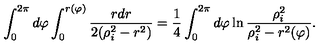
\int _ { 0 } ^ { 2 \pi } d \varphi \int _ { 0 } ^ { r ( \varphi ) } { \frac { r d r } { 2 ( \rho _ { i } ^ { 2 } - r ^ { 2 } ) } } = { \frac { 1 } { 4 } } \int _ { 0 } ^ { 2 \pi } d \varphi \ln { \frac { \rho _ { i } ^ { 2 } } { \rho _ { i } ^ { 2 } - r ^ { 2 } ( \varphi ) } } .